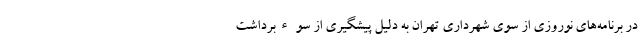
در برنامه‌های نوروزی از سوی شهرداری تهران به دلیل پیشگیری از سوءبرداشت